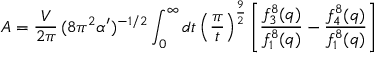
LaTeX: { \cal A } = { \frac { V } { 2 \pi } } \, ( 8 \pi ^ { 2 } \alpha ^ { \prime } ) ^ { - 1 / 2 } \int _ { 0 } ^ { \infty } d t \left( { \frac { \pi } { t } } \right) ^ { \frac { 9 } { 2 } } \left[ { \frac { f _ { 3 } ^ { 8 } ( q ) } { f _ { 1 } ^ { 8 } ( q ) } } - { \frac { f _ { 4 } ^ { 8 } ( q ) } { f _ { 1 } ^ { 8 } ( q ) } } \right]